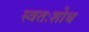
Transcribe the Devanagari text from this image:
स्वतःशोध